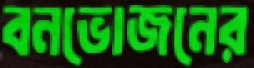
বনভোজনের